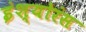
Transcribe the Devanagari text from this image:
इंश्योरंस